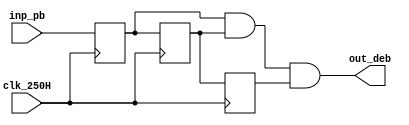
`timescale 1ns / 1ps
//////////////////////////////////////////////////////////////////////////////////
// Company: 
// Engineer: 
// 
// Design Name: 
// Module Name: pb_debounce
// Project Name: 
// Target Devices: 
// Tool Versions: 
// Description: 
// 
// Dependencies: 
// 
// Revision:
// Revision 0.01 - File Created
// Additional Comments:
// 
//////////////////////////////////////////////////////////////////////////////////


module pb_debounce(
    input clk_250H,
    input inp_pb,
    output out_deb
    );
    reg FF1_reg,FF2_reg,FF3_reg;
    reg FF1_next,FF2_next,FF3_next;
    
    always @(posedge clk_250H)
    begin
    FF1_reg<=FF1_next;
    FF2_reg<=FF2_next;
    FF3_reg<=FF3_next;
    end
    
    always @(*)
    begin
    FF1_next=inp_pb;
    end
    
    always @(*)
    begin
    FF2_next=FF1_reg;
    end
    
    always @(*)
    begin
    FF3_next=FF2_reg;
    end
    
    assign out_deb=FF1_reg & FF2_reg & FF3_reg;
endmodule